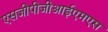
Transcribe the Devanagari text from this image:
एसजीपीजीआईएमएस